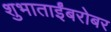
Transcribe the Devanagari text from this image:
शुभाताईंबरोबर